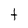
Character: t